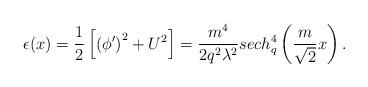
LaTeX: \begin{align*}\epsilon(x)=\frac 12 \left[\left(\phi^{\prime}\right)^2+U^2\right]=\frac{m^4}{2q^2\lambda^2}sech_q^4\left(\frac{m}{\sqrt 2}x \right).\end{align*}